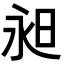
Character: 昶